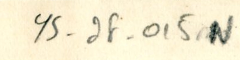
YS_2F_015N